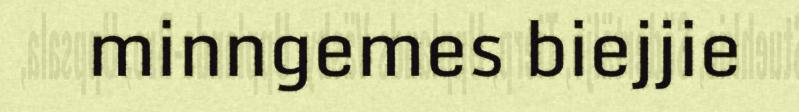
minngemes biejjie